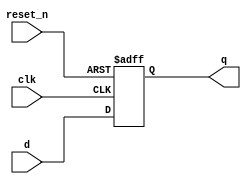
module dff_3bit (clk, reset_n, d, q);
	input clk, reset_n;
	input[2:0] d;
	
	output reg[2:0] q;
	
	always @ (posedge clk, negedge reset_n)
		begin
			if (reset_n == 1'b0) //resetted
				q <= 3'b000;
		
			else if (clk == 1'b1) //updating
				q <= d;
				
			else
				q <= 3'bxxx;
		end
endmodule